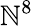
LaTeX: \mathbb{N}^{8}